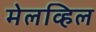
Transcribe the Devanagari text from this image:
मेलव्हिल